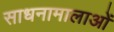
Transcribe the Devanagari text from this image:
साधनामालाओं